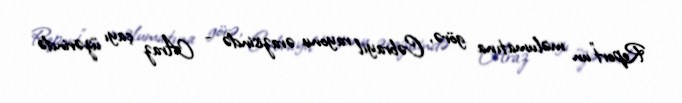
Report"un məlumatına görə, Cəbrayıl rayonu ərazisində - Araz çayı üzərində